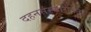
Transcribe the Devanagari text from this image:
दहनसंस्कारानंतर